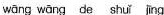
wāng wāngde shuǐ jing